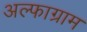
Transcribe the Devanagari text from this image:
अल्फाग्राम